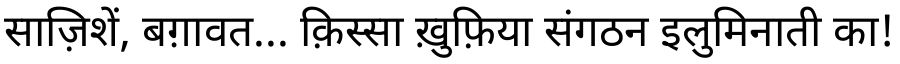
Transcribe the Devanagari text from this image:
साज़िशें, बग़ावत... क़िस्सा ख़ुफ़िया संगठन इलुमिनाती का!